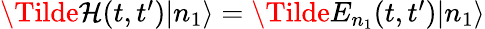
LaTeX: \begin{array}{r}{\Tilde{\mathcal{H}}(t,t^{\prime})|n_{1}\rangle=\Tilde{E}_{n_{1}}(t,t^{\prime})|n_{1}\rangle}\end{array}